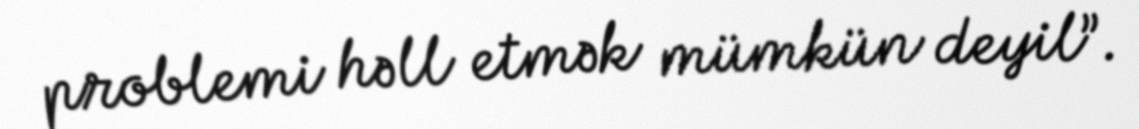
problemi həll etmək mümkün deyil”.